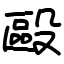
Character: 毆